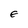
Character: E